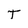
Character: T